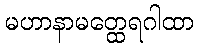
မဟာနာမတ္ထေရဂါထာ